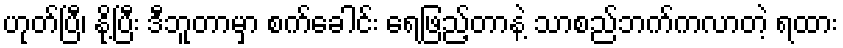
ဟုတ်ပြီ၊ နို့ပြီး ဒီဘူတာမှာ စက်ခေါင်း ရေဖြည့်တာနဲ့ သာစည်ဘက်ကလာတဲ့ ရထား